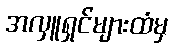
အလှူရှင်များထံမှ